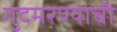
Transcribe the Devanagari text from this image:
गुदमरण्याची